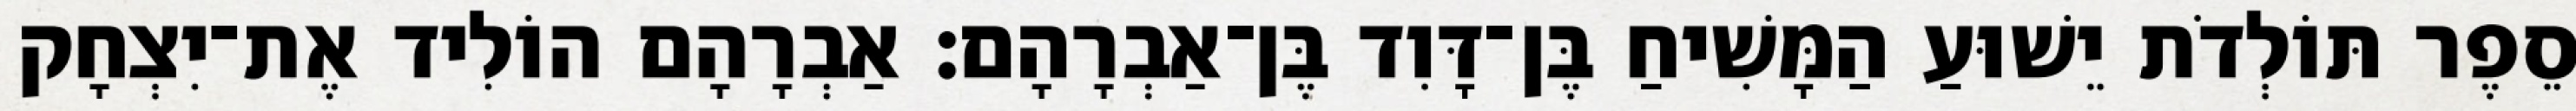
סֵפֶר תּוֹלְדֹת יֵשׁוּעַ הַמָּשִׁיחַ בֶּן־דָּוִד בֶּן־אַבְרָהָם׃ אַבְרָהָם הוֹלִיד אֶת־יִצְחָק